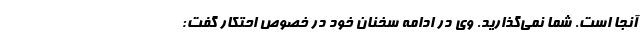
آنجا است. شما نمی‌گذارید. وی در ادامه سخنان خود در خصوص احتکار گفت: